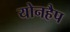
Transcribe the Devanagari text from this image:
योनहैप